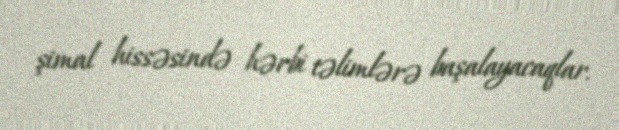
şimal hissəsində hərbi təlimlərə başalayacaqlar.